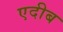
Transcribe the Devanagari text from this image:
एदीब